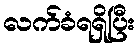
လက်ခံရရှိပြီး